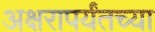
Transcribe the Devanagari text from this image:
अक्षरापर्यंतच्या